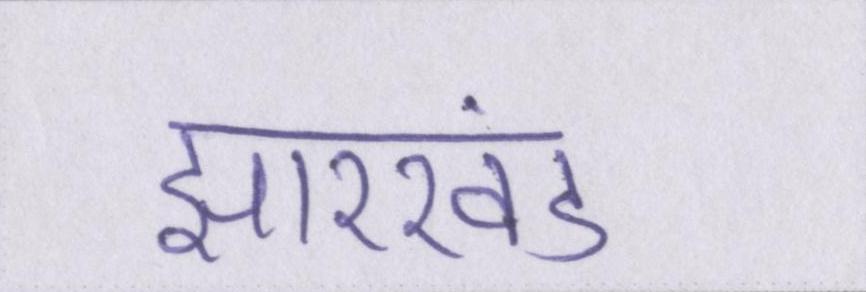
झारखंड